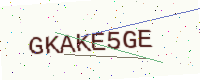
Text: GKAKE5GE